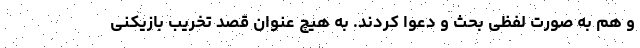
و هم به صورت لفظی بحث و دعوا کردند. به هیچ عنوان قصد تخریب بازیکنی